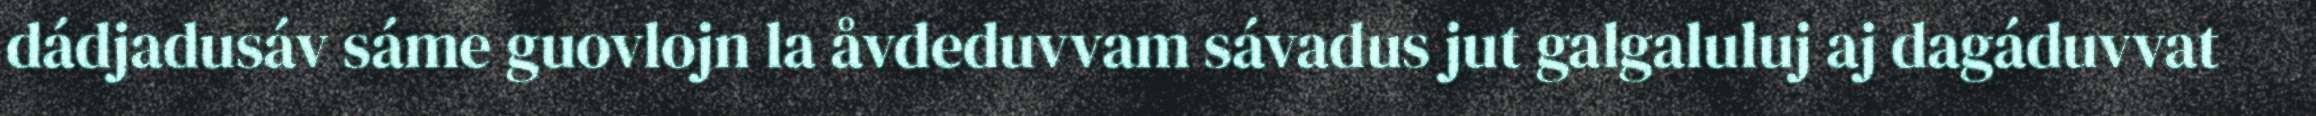
dádjadusáv sáme guovlojn la åvdeduvvam sávadus jut galgaluluj aj dagáduvvat